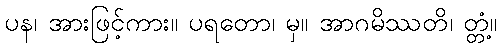
ပန၊ အားဖြင့်ကား။ ပရတော၊ မှ။ အာဂမိဿတိ၊ တ္တံ့။